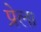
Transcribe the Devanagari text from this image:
प्रेला